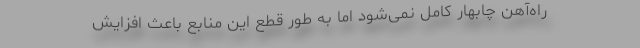
راه‌آهن چابهار کامل نمی‌شود اما به طور قطع این منابع باعث افزایش